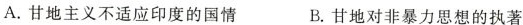
A.甘地主义不适应印度的国情 B.甘地对非暴力思想的执著